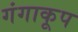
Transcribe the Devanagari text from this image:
गंगाकूप